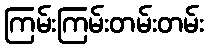
ကြမ်းကြမ်းတမ်းတမ်း